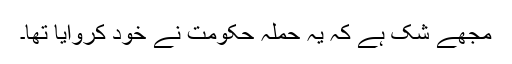
مجھے شک ہے کہ یہ حملہ حکومت نے خود کروایا تھا۔